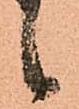
候